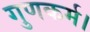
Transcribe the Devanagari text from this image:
गुणकर्म।